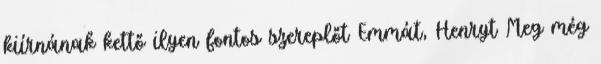
kiírnának kettő ilyen fontos szereplőt Emmát, Henryt Meg még